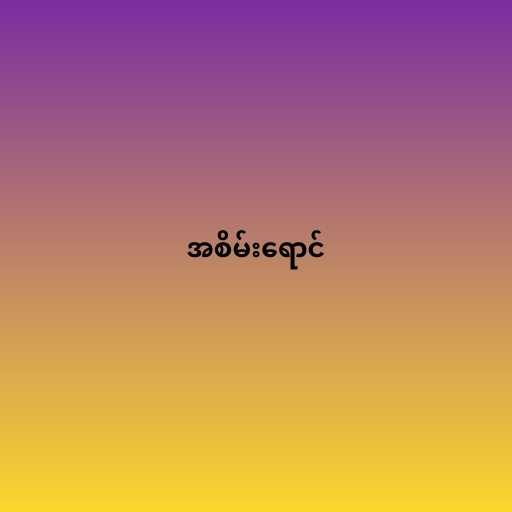
အစိမ်းရောင်